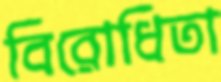
বিরোধিতা